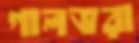
গালভরা